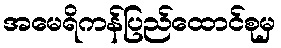
အမေရိကန်ပြည်ထောင်စုမှ